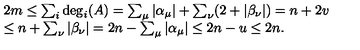
\begin{array} { l } { 2 m \le \sum _ { i } \deg _ { i } ( A ) = \sum _ { \mu } | \alpha _ { \mu } | + \sum _ { \nu } ( 2 + | \beta _ { \nu } | ) = n + 2 v } \\ { \le n + \sum _ { \nu } | \beta _ { \nu } | = 2 n - \sum _ { \mu } | \alpha _ { \mu } | \le 2 n - u \le 2 n . } \\ \end{array}